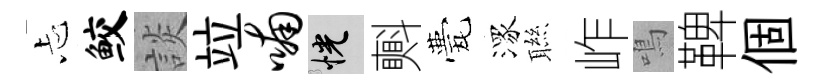
忐鲛談竝喃恍㪺甍潈聮岞鳴鞞個